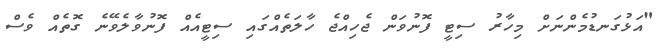
"އަޅުގަނޑުމެންނަށް މިހާރު ސިޓީ ފޮނުވަން ޖެހިއްޖެ ހާލަތެއްގައި ސިޓީއެއް ފޮނުވާލެވޭނެ ގޮތެއް ވެސް